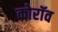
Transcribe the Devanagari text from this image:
कोरॉव